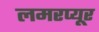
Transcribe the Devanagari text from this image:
लमरप्यूर